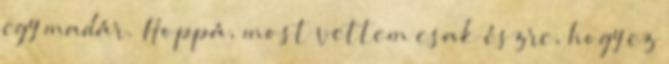
egy madár. Hoppá, most vettem csak észre, hogy ez